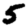
Digit: 5